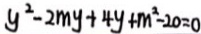
y ^ { 2 } - 2 m y + 4 y + m ^ { 2 } - 2 0 = 0